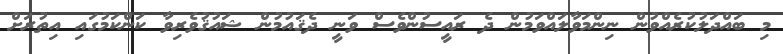
މި ބައްދަލުކުރެއްވުން ނިންމަވާލައްވަމުން ދެ ރައީސުންވެސް ވަނީ ދެޤައުމުން ޝައުޤުވެރިވާ ކަންކަމުގައި އިތުރަށް